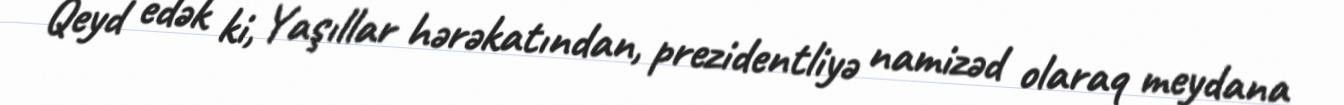
Qeyd edək ki, Yaşıllar hərəkatından, prezidentliyə namizəd olaraq meydana